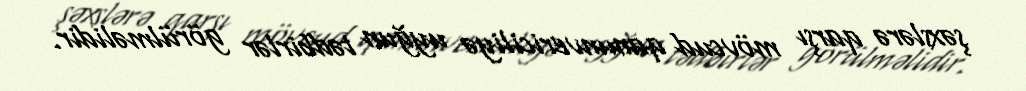
şəxslərə qarşı mövcud qanunvericiliyə uyğun tədbirlər görülməlidir.